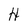
Character: H